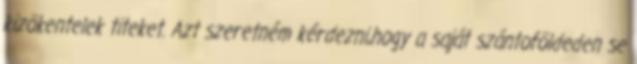
kizökentelek titeket. Azt szeretném kérdezni,hogy a saját szántoföldeden se